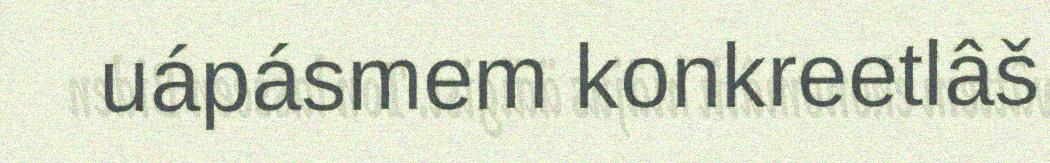
uápásmem konkreetlâš